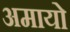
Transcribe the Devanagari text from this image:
अमायो